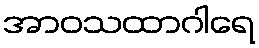
အာဝသထာဂါရေ